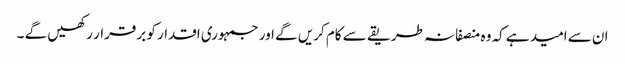
ان سے امید ہے کہ وہ منصفانہ طریقے سے کام کریں گے اور جمہوری اقدار کو برقرار رکھیں گے ۔